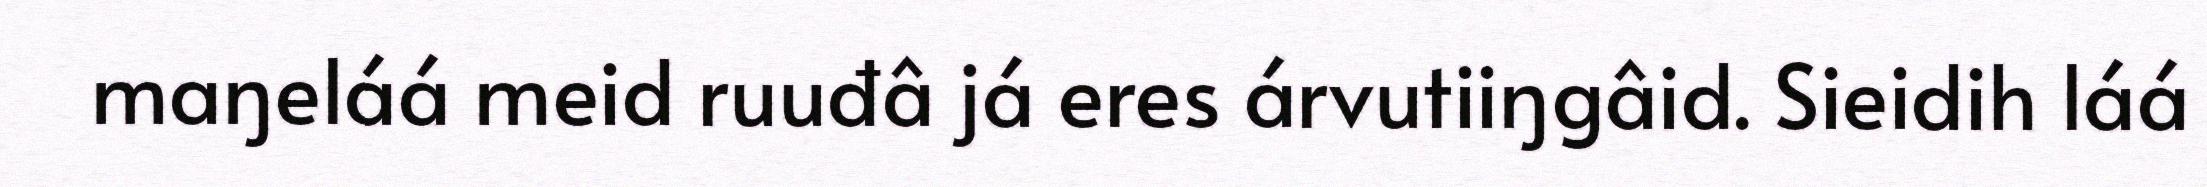
maŋeláá meid ruuđâ já eres árvutiiŋgâid. Sieidih láá